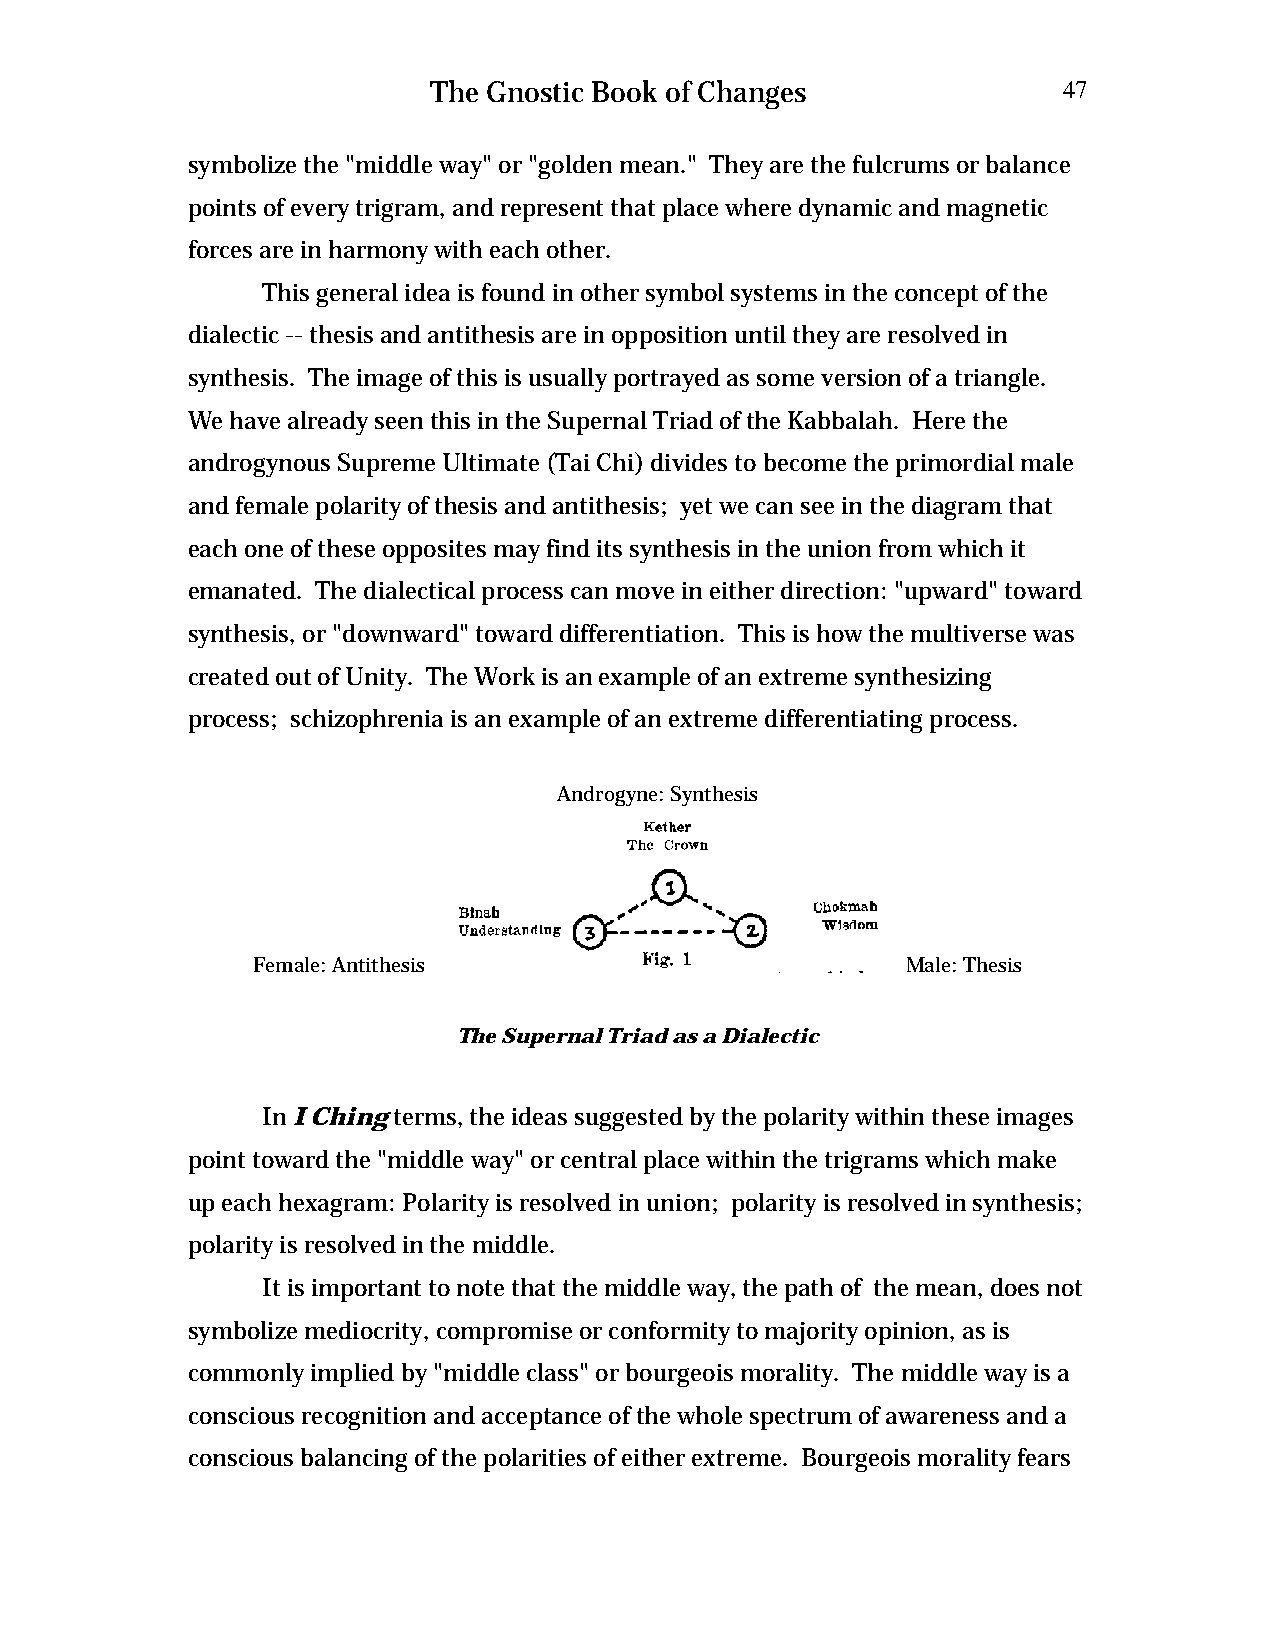
The Gnostic Book of Changes              47
 symbolize the "middle way" or "golden mean." They are the fulcrums or balance
 points of every trigram, and represent that place where dynamic and magnetic
 forces are in harmony with each other.
 This general idea is found in other symbol systems in the concept of the
 dialectic -- thesis and antithesis are in opposition until they are resolved in
 synthesis. The image of this is usually portrayed as some version of a triangle.
 We have already seen this in the Supernal Triad of the Kabbalah. Here the
 androgynous Supreme Ultimate (Tai Chi) divides to become the primordial male
 and female polarity of thesis and antithesis; yet we can see in the diagram that
 each one of these opposites may find its synthesis in the union from which it
 emanated. The dialectical process can move in either direction: "upward" toward
 synthesis, or "downward" toward differentiation. This is how the multiverse was
 created out of Unity. The Work is an example of an extreme synthesizing
 process; schizophrenia is an example of an extreme differentiating process.
 Androgyne: Synthesis
 Female: Antithesis                         Male: Thesis
 The Supernal Triad as a Dialectic
 In I Ching terms, the ideas suggested by the polarity within these images
 point toward the "middle way" or central place within the trigrams which make
 up each hexagram: Polarity is resolved in union; polarity is resolved in synthesis;
 polarity is resolved in the middle.
 It is important to note that the middle way, the path of the mean, does not
 symbolize mediocrity, compromise or conformity to majority opinion, as is
 commonly implied by "middle class" or bourgeois morality. The middle way is a
 conscious recognition and acceptance of the whole spectrum of awareness and a
 conscious balancing of the polarities of either extreme. Bourgeois morality fears